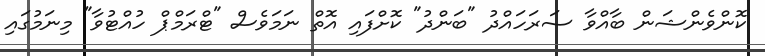
ކޮންވެންޝަން ބާއްވާ ސަރަހައްދު "ބަންދު" ކޮށްފައި އޮތް ނަމަވެސް "ޓްރަމްޕް ހުއްޓުވާ" މިނަމުގައި